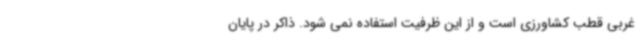
غربی قطب کشاورزی است و از این ظرفیت استفاده نمی شود. ذاکر در پایان